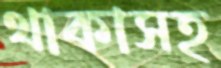
থাকাসহ